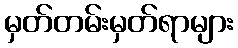
မှတ်တမ်းမှတ်ရာများ